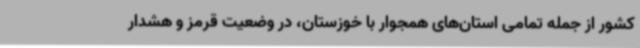
کشور از جمله تمامی استان‌های همجوار با خوزستان، در وضعیت قرمز و هشدار